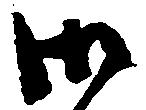
御